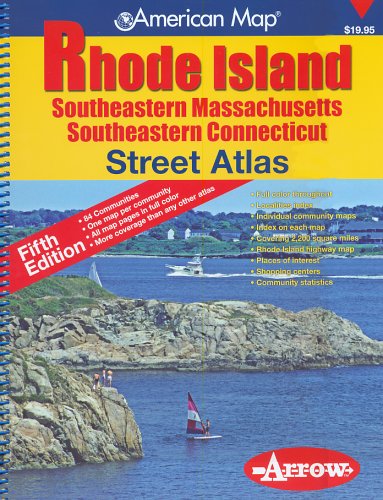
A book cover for American Map Rhode Island: Southeastern Massachusetts Southeastern Connecticut: Street Atlas; Travel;